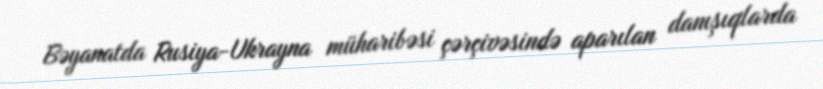
Bəyanatda Rusiya-Ukrayna müharibəsi çərçivəsində aparılan danışıqlarda